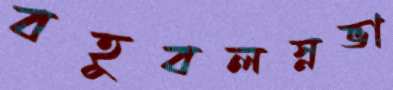
বহুবলস্নভা